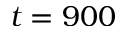
t = 9 0 0